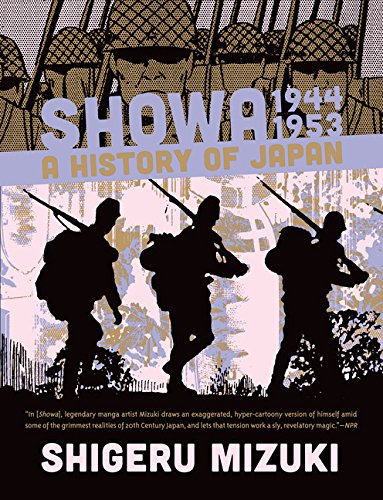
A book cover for Showa 1944-1953: A History of Japan (Showa: A History of Japan); Shigeru Mizuki; Comics & Graphic Novels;